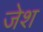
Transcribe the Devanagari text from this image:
जेश